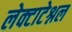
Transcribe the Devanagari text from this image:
लेक्टाटेश्नल